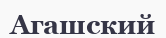
Агашский